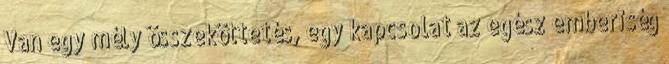
Van egy mély összeköttetés, egy kapcsolat az egész emberiség